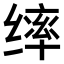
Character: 𫄴